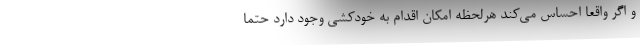
و اگر واقعاً احساس می‌کند هرلحظه امکان اقدام به خودکشی وجود دارد حتماً